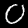
Digit: 0